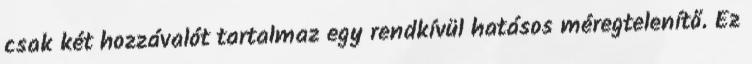
csak két hozzávalót tartalmaz egy rendkívül hatásos méregtelenítő. Ez